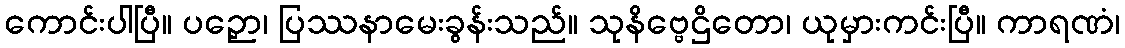
ကောင်းပါပြီ။ ပဉှော၊ ပြဿနာမေးခွန်းသည်။ သုနိဗ္ဗေဌိတော၊ ယုမှားကင်းပြီ။ ကာရဏံ၊